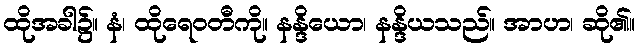
ထိုအခါ၌။ နံ၊ ထိုရေဝတီကို။ နန္ဒိယော၊ နန္ဒိယသည်။ အာဟ၊ ဆို၏။